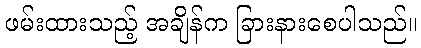
ဖမ်းထားသည့် အချိန်က ခြားနားစေပါသည်။